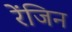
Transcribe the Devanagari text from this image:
रेंजिन